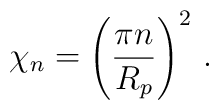
\chi_n = \left( \frac{\pi n}{R_p} \right)^2 \,.